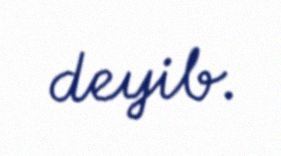
deyib.